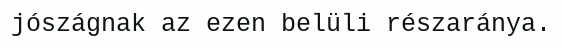
jószágnak az ezen belüli részaránya.